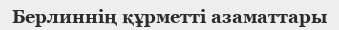
Берлиннің құрметті азаматтары